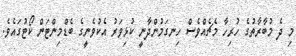
މި ދެ މުބާރާތުގެ ހުރިހާ މެޗެއްވެސް ހިނގަމުންދާނީ ކުޅިވަރު އެކުވެނީގެ ބެޑްމިންޓަން ކޯޓުގައެވެ.